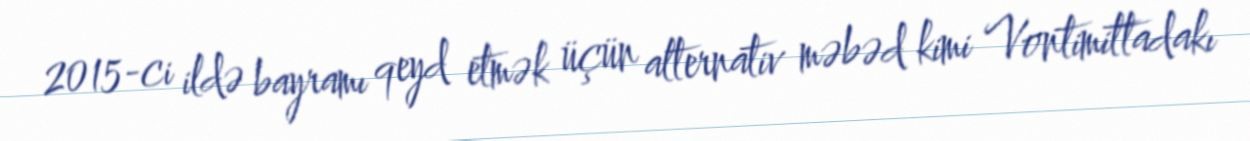
2015-ci ildə bayramı qeyd etmək üçün alternativ məbəd kimi Vontimittadakı